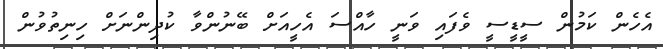
އެހެން ކަމުން ސީޑީސީ ވެފައި ވަނީ ހާއްސަ އެހީއަށް ބޭނުންވާ ކުދިންނަށް ހިނިތުވުން